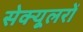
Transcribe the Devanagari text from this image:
सेक्यूलरों